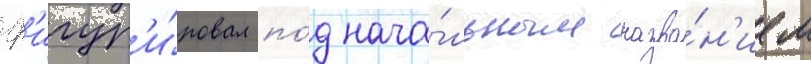
ф'игур'и́ровал по́д нача́льным назва́н'ием